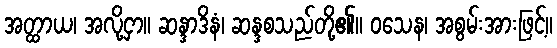
အတ္ထာယ၊ အလို့ငှာ။ ဆန္ဒာဒိနံ၊ ဆန္ဒစသည်တို့၏။ ဝသေန၊ အစွမ်းအားဖြင့်။